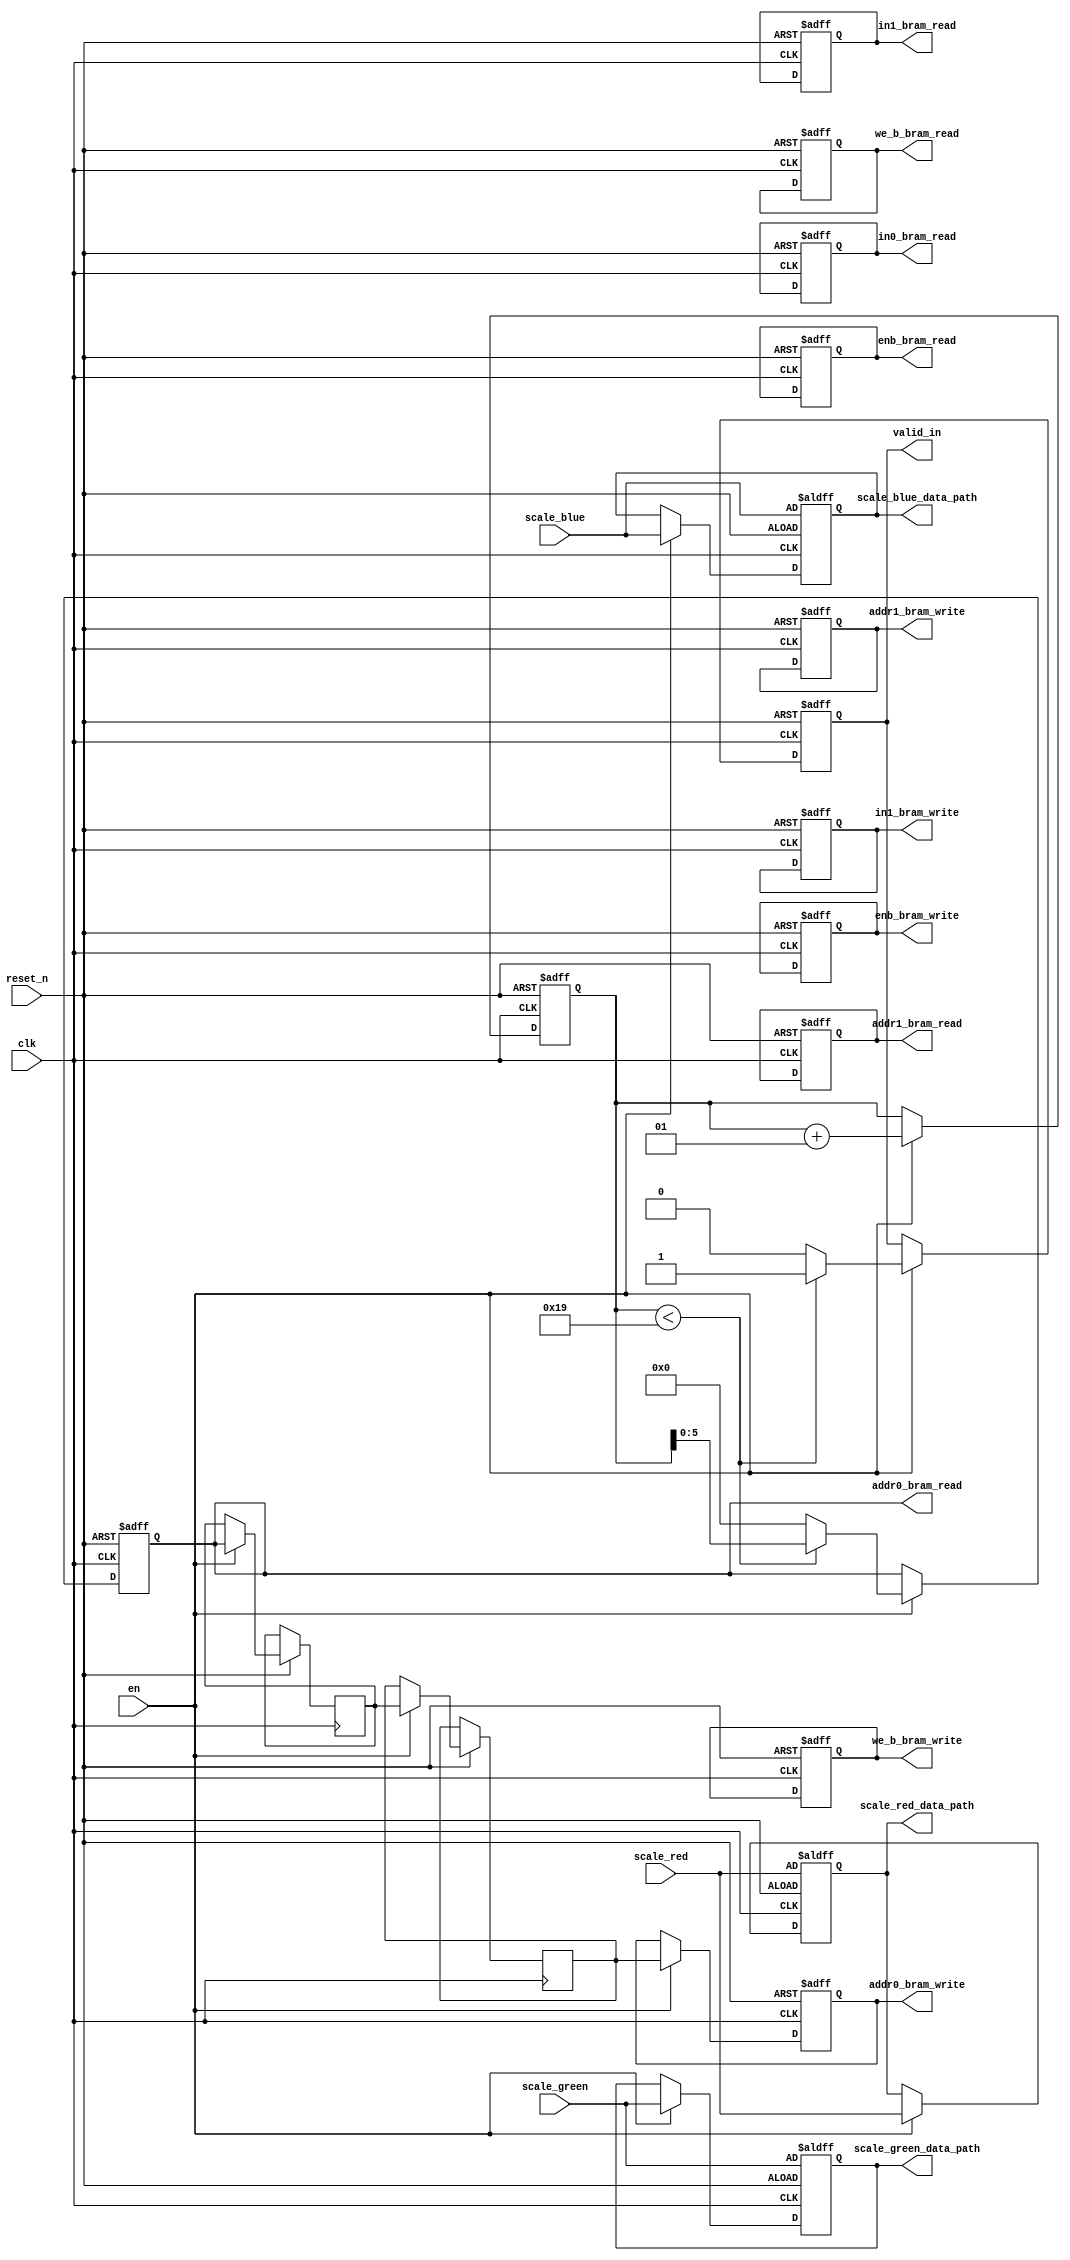
`timescale 1ns / 1ps

module Controller
#(
    parameter IMAGE_HEIGHT = 5,
    parameter IMAGE_WIDTH = 5,
    parameter TOTAL_NUMBER_CONVERT = IMAGE_HEIGHT * IMAGE_WIDTH,
    parameter DATA_COLOR_WIDTH = 8,
    parameter DATA_IN_WIDTH = DATA_COLOR_WIDTH * 3,
    parameter FIXED_POINT_WIDTH = 32,
    parameter ADRR_WIDTH_BRAM = 6
)
(
    input en, reset_n, clk,
    input [FIXED_POINT_WIDTH - 1 : 0] scale_red, scale_green, scale_blue,
    
    output reg [DATA_IN_WIDTH - 1 : 0] in0_bram_read, in1_bram_read,
    output reg [ADRR_WIDTH_BRAM - 1 : 0] addr0_bram_read, addr1_bram_read,
    output reg valid_in,
    output reg enb_bram_read,  
    output reg we_b_bram_read,
    
    output reg [DATA_COLOR_WIDTH - 1 : 0] in1_bram_write,
    output reg [ADRR_WIDTH_BRAM - 1 : 0] addr0_bram_write, addr1_bram_write,
    output reg enb_bram_write,
    output reg we_b_bram_write,
    
    output reg [FIXED_POINT_WIDTH - 1 : 0] scale_red_data_path, scale_green_data_path, scale_blue_data_path
);
    reg [ADRR_WIDTH_BRAM - 1 : 0] addr0_bram_write_temp_0, addr0_bram_write_temp_1;
    integer count_step;
    
    always @(posedge clk or negedge reset_n) begin
        if(!reset_n) begin
            count_step <= 0;
        
            in0_bram_read <= 0;
            in1_bram_read <= 0;
            addr0_bram_read <= 0;
            addr1_bram_read <= 0;
            valid_in <= 1;
            enb_bram_read <= 0;
            we_b_bram_read <= 0;
            
            in1_bram_write <= 0;
            addr0_bram_write <= 0;
            addr1_bram_write <= 0;
            enb_bram_write <= 0;
            we_b_bram_write <= 0;
            
            scale_red_data_path <= scale_red;
            scale_green_data_path <= scale_green;
            scale_blue_data_path <= scale_blue;
        end
        else begin
            if(en) begin
                if(count_step < TOTAL_NUMBER_CONVERT) begin
                    addr0_bram_read <= count_step;
                    valid_in <= 1;
                end
                else begin
                    addr0_bram_read <= 0;
                    valid_in <= 0;
                end
                
                addr0_bram_write_temp_0 <= addr0_bram_read;
                addr0_bram_write_temp_1 <= addr0_bram_write_temp_0;
                addr0_bram_write <= addr0_bram_write_temp_1;
                
                count_step = count_step + 1;
                
                scale_red_data_path <= scale_red;
                scale_green_data_path <= scale_green;
                scale_blue_data_path <= scale_blue;
            end
        end
    end
endmodule